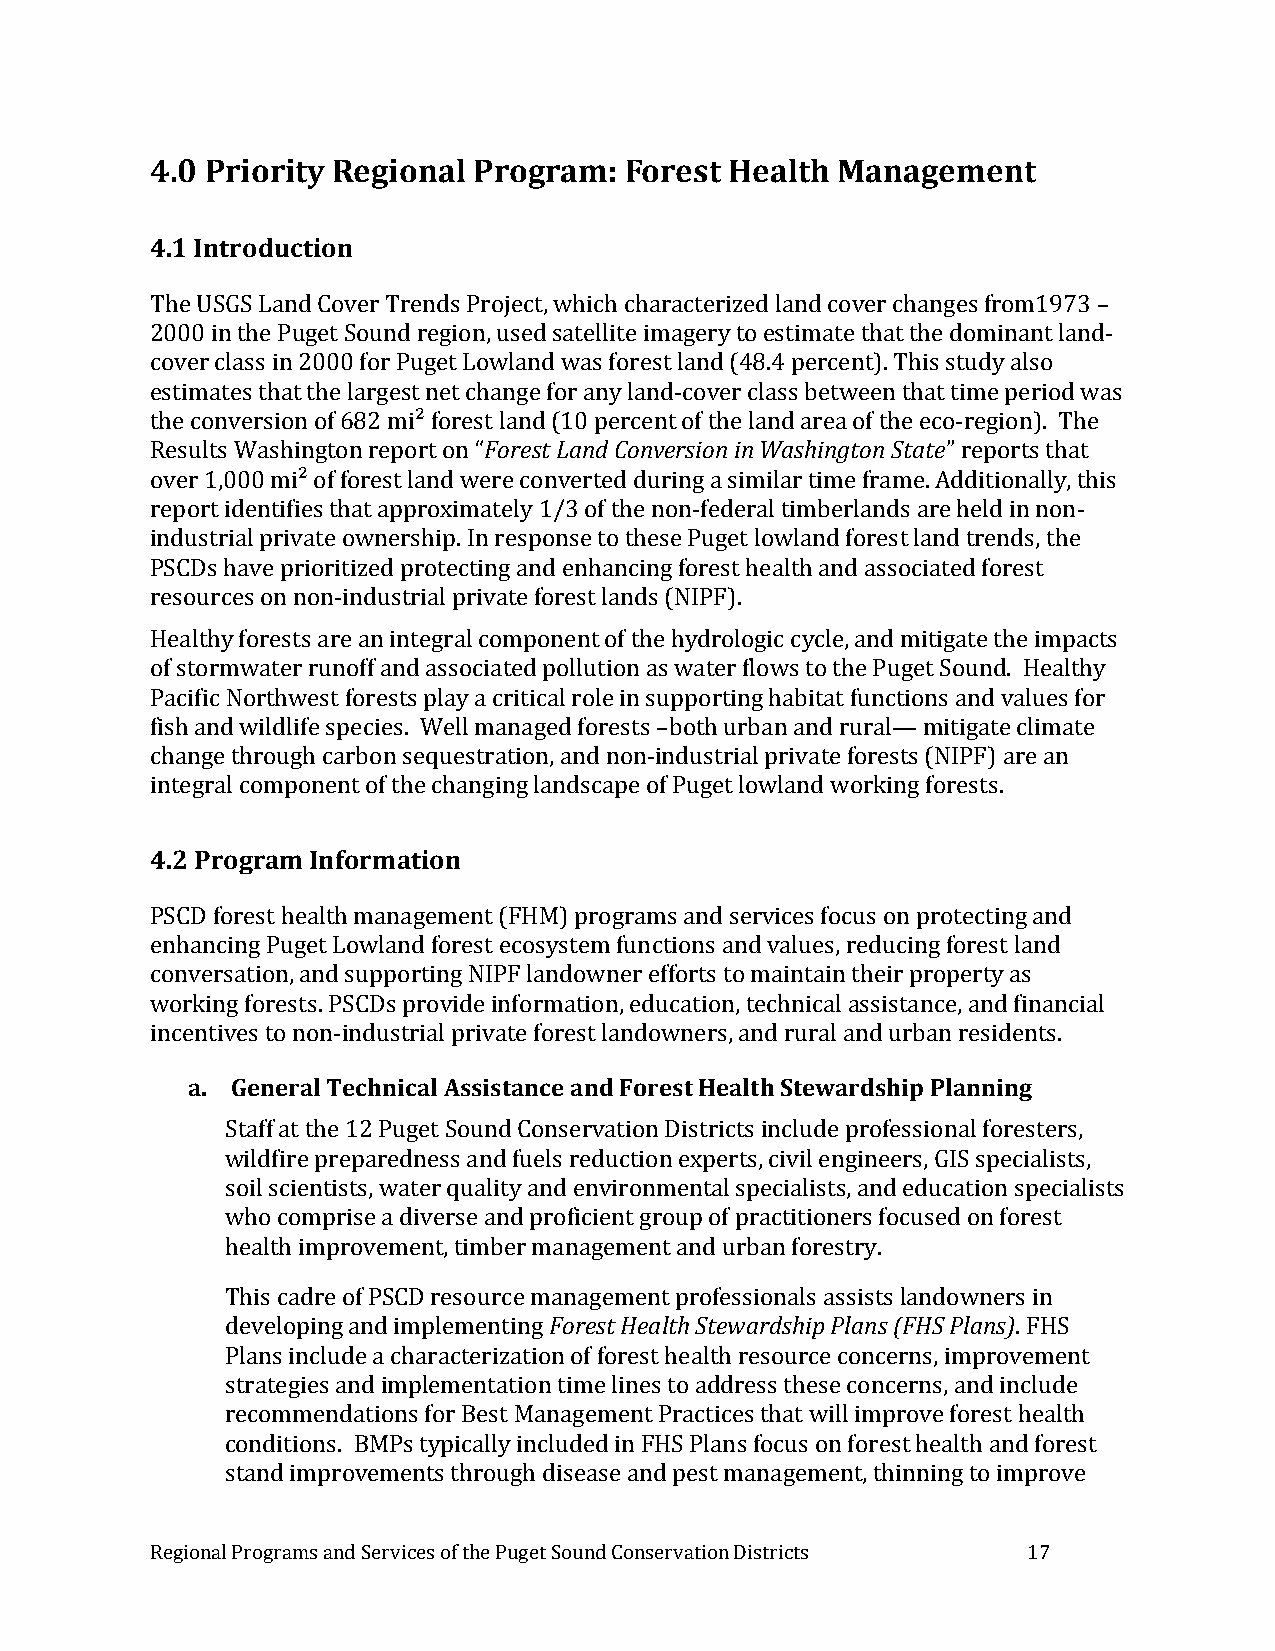
4.0 Priority Regional Program: Forest Health Management
 4.1 Introduction
 The USGS Land Cover Trends Project, which characterized land cover changes from1973 –
 2000 in the Puget Sound region, used satellite imagery to estimate that the dominant land-
 cover class in 2000 for Puget Lowland was forest land (48.4 percent). This study also
 estimates that the largest net change for any land-cover class between that time period was
 the conversion of 682 mi² forest land (10 percent of the land area of the eco-region). The
 Results Washington report on “Forest Land Conversion in Washington State” reports that
 over 1,000 mi² of forest land were converted during a similar time frame. Additionally, this
 report identifies that approximately 1/3 of the non-federal timberlands are held in non-
 industrial private ownership. In response to these Puget lowland forest land trends, the
 PSCDs have prioritized protecting and enhancing forest health and associated forest
 resources on non-industrial private forest lands (NIPF).
 Healthy forests are an integral component of the hydrologic cycle, and mitigate the impacts
 of stormwater runoff and associated pollution as water flows to the Puget Sound. Healthy
 Pacific Northwest forests play a critical role in supporting habitat functions and values for
 fish and wildlife species. Well managed forests –both urban and rural— mitigate climate
 change through carbon sequestration, and non-industrial private forests (NIPF) are an
 integral component of the changing landscape of Puget lowland working forests.
 4.2 Program Information
 PSCD forest health management (FHM) programs and services focus on protecting and
 enhancing Puget Lowland forest ecosystem functions and values, reducing forest land
 conversation, and supporting NIPF landowner efforts to maintain their property as
 working forests. PSCDs provide information, education, technical assistance, and financial
 incentives to non-industrial private forest landowners, and rural and urban residents.
 a. General Technical Assistance and Forest Health Stewardship Planning
 Staff at the 12 Puget Sound Conservation Districts include professional foresters,
 wildfire preparedness and fuels reduction experts, civil engineers, GIS specialists,
 soil scientists, water quality and environmental specialists, and education specialists
 who comprise a diverse and proficient group of practitioners focused on forest
 health improvement, timber management and urban forestry.
 This cadre of PSCD resource management professionals assists landowners in
 developing and implementing Forest Health Stewardship Plans (FHS Plans). FHS
 Plans include a characterization of forest health resource concerns, improvement
 strategies and implementation time lines to address these concerns, and include
 recommendations for Best Management Practices that will improve forest health
 conditions. BMPs typically included in FHS Plans focus on forest health and forest
 stand improvements through disease and pest management, thinning to improve
 Regional Programs and Services of the Puget Sound Conservation Districts 17